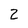
Character: Z